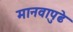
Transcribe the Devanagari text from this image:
मानवापुढे